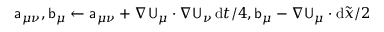
\mathsf { a } _ { \mu \nu } , \mathsf { b } _ { \mu } \gets \mathsf { a } _ { \mu \nu } + \nabla \mathsf { U } _ { \mu } \cdot \nabla \mathsf { U } _ { \nu } \, \mathrm { d } t / 4 , \mathsf { b } _ { \mu } - \nabla \mathsf { U } _ { \mu } \cdot \mathrm { d } \tilde { { \boldsymbol { x } } } / 2